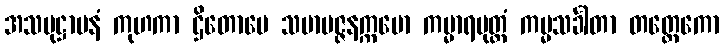
အသမုဋ္ဌာပနံ ကုဟကာ ဌိတောပေ သမာပဇ္ဇနက္ကမော ကမ္မာရပုတ္တံ ကမ္မသင်္ခါတာ တတ္ထေကော